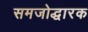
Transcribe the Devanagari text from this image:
समजोद्धारक